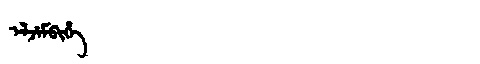
Manchu: ᡝᠯᠵᡝᠮᠪᡳᡥᡝ
Romanization: ELJEMBIHE